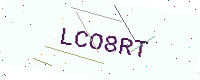
Text: LCO8RT